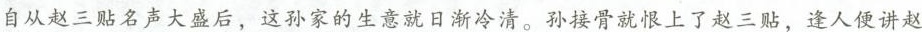
自从赵三贴名声大盛后，这孙家的生意就日渐冷清。孙接骨就恨上了赵三贴，逢人便讲赵